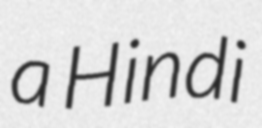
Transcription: a Hindi